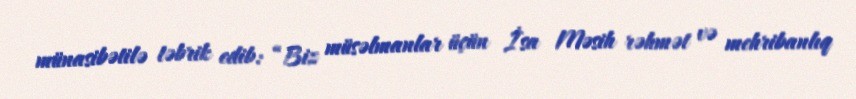
münasibətilə təbrik edib: “Biz müsəlmanlar üçün İsa Məsih rəhmət və mehribanlıq